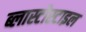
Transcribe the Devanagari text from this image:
ब्लास्टोस्टाइल